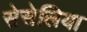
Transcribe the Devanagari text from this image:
सेसेलिया